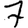
Digit: 7